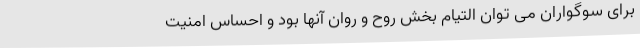
برای سوگواران می توان التیام بخش روح و روان آنها بود و احساس امنیت